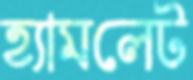
হ্যামলেট